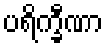
ပရိက္ခီဏာ